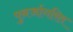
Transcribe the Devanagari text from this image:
पुनर्जागरित